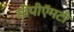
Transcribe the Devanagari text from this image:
सीपीऍमटी